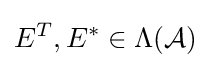
E^{T},E^{*}\in \Lambda ({\mathcal {A}})